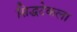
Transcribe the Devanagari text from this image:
सिद्धटेकला